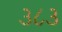
૩૮૩